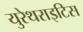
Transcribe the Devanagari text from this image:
युरेथराइटिस